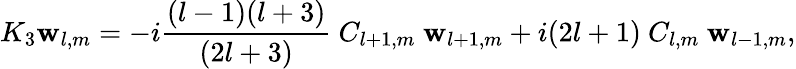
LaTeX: K_{3}\mathbf{w}_{l,m}=-i{\frac{{(l-1)(l+3)}}{{(2l+3)}}}\ C_{l+1,m}\ \mathbf{w}_{l+1,m}+i(2l+1)\ C_{l,m}\ \mathbf{w}_{l-1,m},